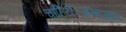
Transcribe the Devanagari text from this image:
चाहिये।जन्मजात